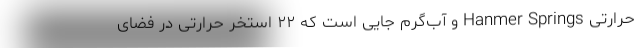
حرارتی Hanmer Springs و آب‌گرم جایی است که ۲۲ استخر حرارتی در فضای